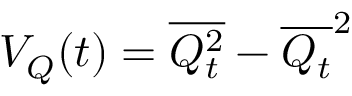
{ \cal V } _ { Q } ( t ) = \overline { { Q _ { t } ^ { 2 } } } - \overline { { Q _ { t } } } ^ { 2 }